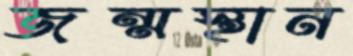
জন্মস্থান